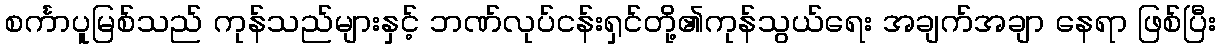
စင်္ကာပူမြစ်သည် ကုန်သည်များနှင့် ဘဏ်လုပ်ငန်းရှင်တို့၏ကုန်သွယ်ရေး အချက်အချာ နေရာ ဖြစ်ပြီး